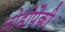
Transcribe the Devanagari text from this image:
जोडीपैकी